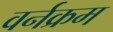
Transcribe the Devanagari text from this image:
वर्नक्रम